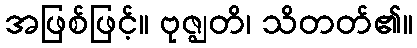
အဖြစ်ဖြင့်။ ဗုဇ္ဈတိ၊ သိတတ်၏။